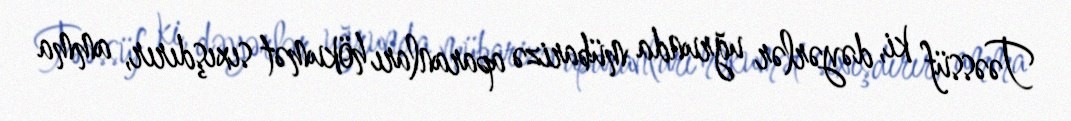
Təəssüf ki, dəyərlər uğrunda mübarizə aparanları hökumət sıxışdırır, amma